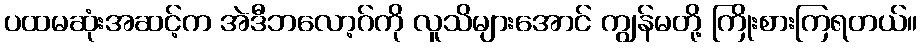
ပထမဆုံးအဆင့်က အဲဒီဘလော့ဂ်ကို လူသိများအောင် ကျွန်မတို့ ကြိုးစားကြရတယ်။